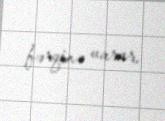
fərqinə varar.